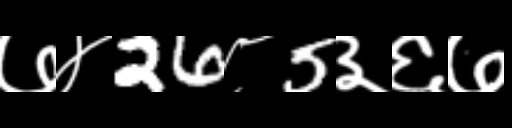
Text: ७४26८5३६७